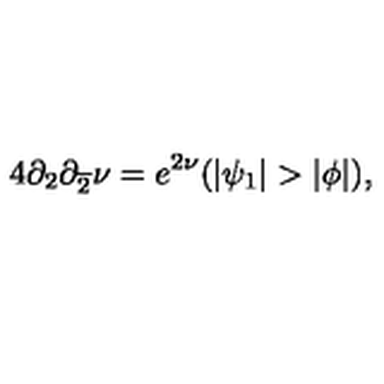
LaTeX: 4 \partial _ { 2 } \partial _ { \overline { { 2 } } } \nu = e ^ { 2 \nu } ( | \psi _ { 1 } | > | \phi | ) ,